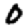
Digit: 0